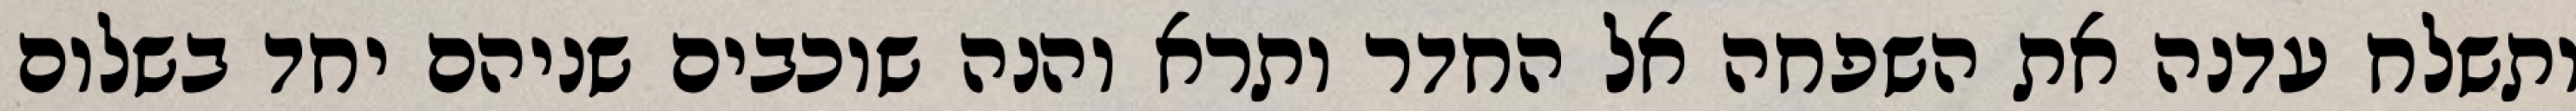
ותשלח עדנה את השפחה אל החדר ותרא והנה שוכבים שניהם יחד בשלום